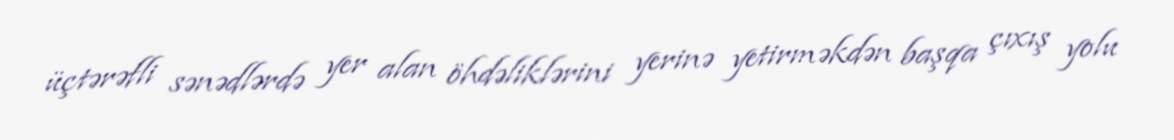
üçtərəfli sənədlərdə yer alan öhdəliklərini yerinə yetirməkdən başqa çıxış yolu